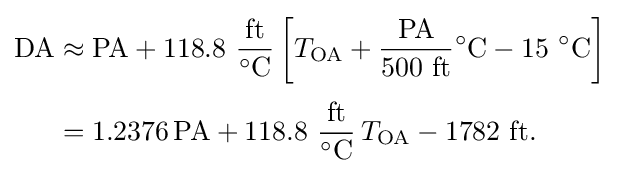
{\begin{aligned}{\text{DA}}&\approx {\text{PA}}+118.8~{\frac {\text{ft}}{^{\circ }{\text{C}}}}\left[T_{\text{OA}}+{\frac {\text{PA}}{500~{\text{ft}}}}{^{\circ }{\text{C}}}-15~{^{\circ }{\text{C}}}\right]\\[3pt]&=1.2376\,{\text{PA}}+118.8~{\frac {\text{ft}}{{}^{\circ }{\text{C}}}}\,T_{\text{OA}}-1782~{\text{ft}}.\end{aligned}}